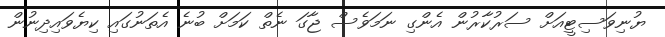
ޔުނިވަސިޓީއަށް ސަރުކާރުން އެންގި ނަމަވެސް ޖާގަ ނެތް ކަމަށް ބުނެ އެތަނުގައި ކިޔެވައިދިނުން